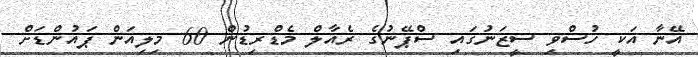
އޭނާ އަކީ ހުސްވި ސީޒަނުގައި ސްޕޭނުގެ ރެއާލް މެޑްރިޑުން 60 މިލިއަން ޕައުންޑަށް